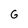
Character: G